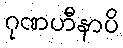
ဂုဏဟီနာပိ